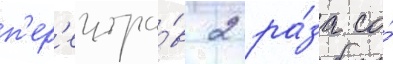
п'ер'еигра́в 2 ра́за со́